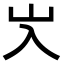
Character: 㞥